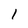
Character: 1